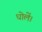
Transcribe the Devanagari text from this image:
धोलें।